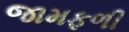
જામફળી